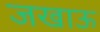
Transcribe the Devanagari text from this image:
जखाऊ